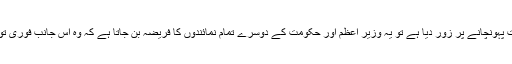
اب جبکہ صدر جمہوریہ ہند نے بھی عوام کی مشکلات کا تذکرہ کرتے ہوئے انہیں راحت پہونچانے پر زور دیا ہے تو یہ وزیر اعظم اور حکومت کے دوسرے تمام نمائندوں کا فریضہ بن جاتا ہے کہ وہ اس جانب فوری توجہ دیں اور عوام کی مشکلات کو ختم کرنے کیلئے عملی اقدامات کا منصوبہ تیار کریں۔